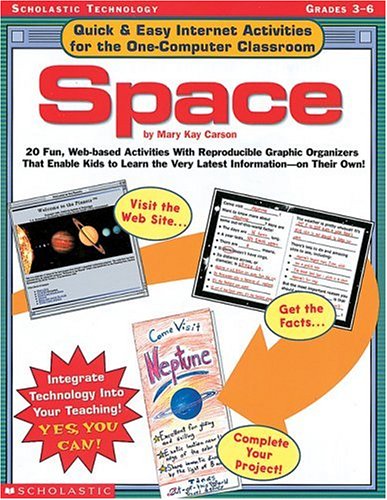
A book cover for Quick & Easy Internet Activities for the One-Computer Classroom: Space: 20 Fun, Web-based Activities With Reproducible Graphic Organizers That Enable ... the Very Latest Information-On Their Own!; Mary Kay Carson; Children's Books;